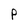
Character: P